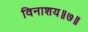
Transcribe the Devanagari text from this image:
विनाशय॥७॥